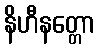
နိဟီနတ္တော